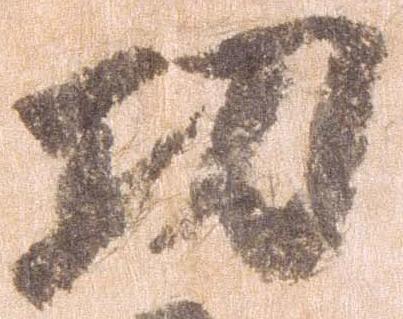
功